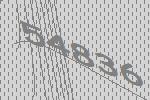
54836